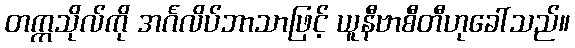
တက္ကသိုလ်ကို အင်္ဂလိပ်ဘာသာဖြင့် ယူနီဗာစီတီဟုခေါ်သည်။